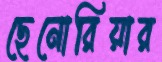
ছেনোরিয়ার